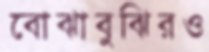
বোঝাবুঝিরও